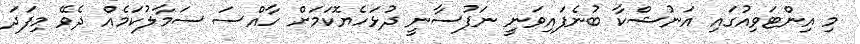
މި އިންޓަވިއުގައި އަނުޝްކާ ބުނެފައިވަނީ ނަފުސާނީ ދުޅަހެޔޮކަމަށް ހާއްސަ ސަމާލުކަމެއް ދެވޭ މިފަދަ